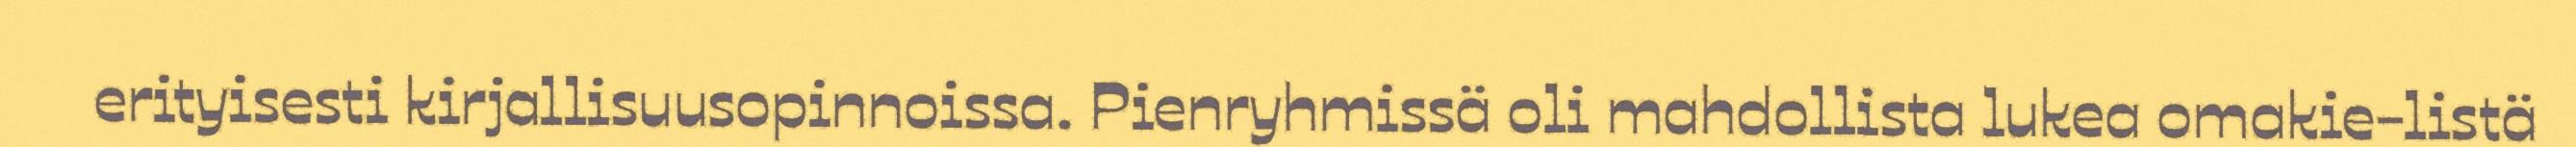
erityisesti kirjallisuusopinnoissa. Pienryhmissä oli mahdollista lukea omakie-listä